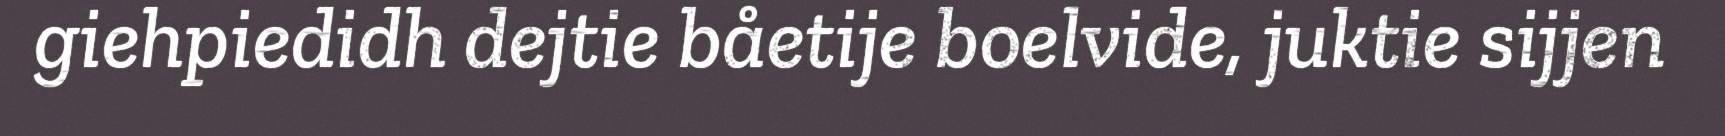
giehpiedidh dejtie båetije boelvide, juktie sijjen